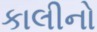
કાલીનો